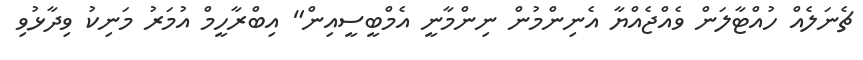
ޗެނަލެއް ހުއްޓާލަން ވެއްޖެއްޔާ އެނިންމުން ނިންމާނީ އެމްބީސީއިން" އިބްރާހީމް އުމަރު މަނިކު ވިދާޅުވި